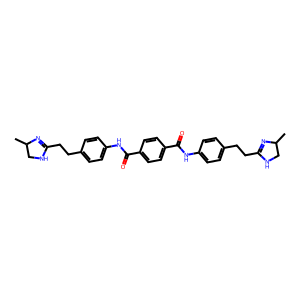
SMILES: CC1CNC(CCc2ccc(NC(=O)c3ccc(C(=O)Nc4ccc(CCC5=NC(C)CN5)cc4)cc3)cc2)=N1
Inhibits HIV replication: No